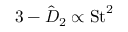
3 - \hat { D } _ { 2 } \propto \mathrm { S t } ^ { 2 }